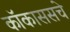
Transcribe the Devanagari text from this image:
कॉकाससचे